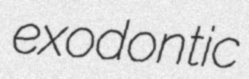
exodontic